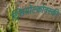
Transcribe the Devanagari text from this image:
ट्सियोल्कोवस्की